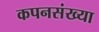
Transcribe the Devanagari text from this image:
कपनसंख्या